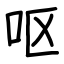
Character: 呕